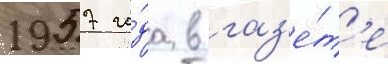
1957 го́да в газ'е́т'е